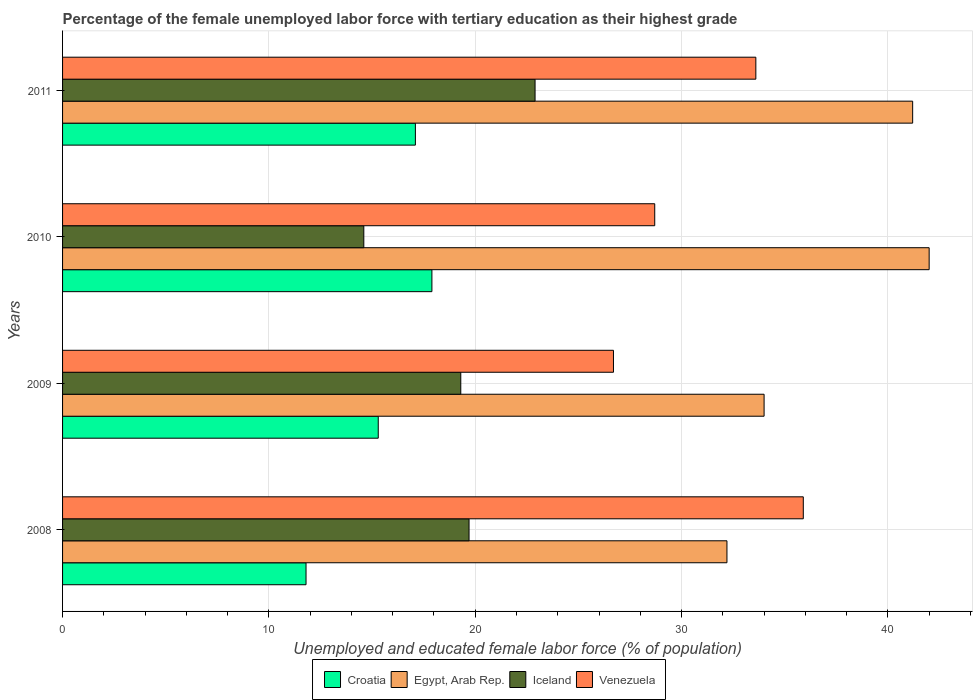
| Years | Croatia | Egypt, Arab Rep. | Iceland | Venezuela |
 | --- | --- | --- | --- | --- |
 | 2008 | 11.8 | 32.2 | 19.7 | 35.9 |
 | 2009 | 15.3 | 34 | 19.3 | 26.7 |
 | 2010 | 17.9 | 42 | 14.6 | 28.7 |
 | 2011 | 17.1 | 41.2 | 22.9 | 33.6 |